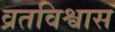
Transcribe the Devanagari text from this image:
व्रतविश्वास